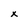
Character: x